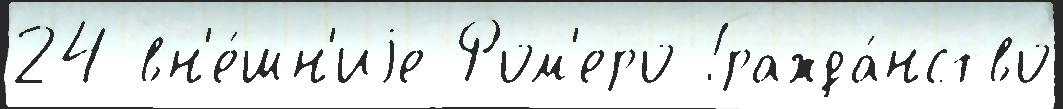
24 вн'е́шн'иjе Ром'еро Гражда́нство